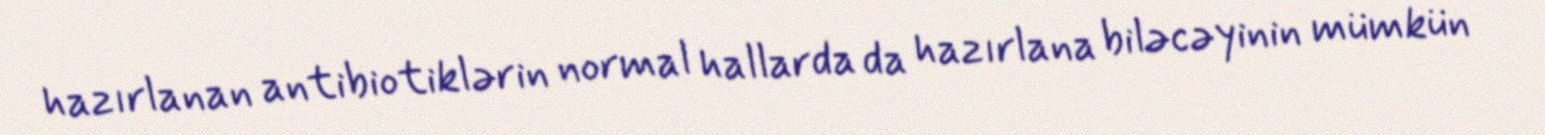
hazırlanan antibiotiklərin normal hallarda da hazırlana biləcəyinin mümkün